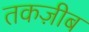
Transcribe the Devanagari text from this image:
तकज़ीब